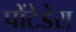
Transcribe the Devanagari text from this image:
पोंटेडेरा